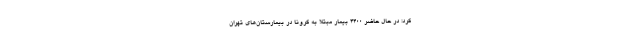
کرد: در حال حاضر ۴۴۰۰ بیمار مبتلا به کرونا در بیمارستان‌های تهران